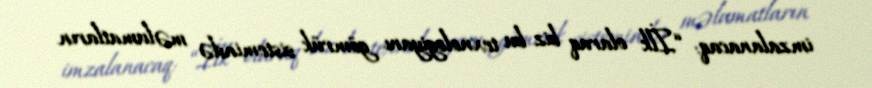
imzalanacaq: “İlk olaraq biz bu texnologiyanı gömrük sistemində məlumatların